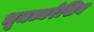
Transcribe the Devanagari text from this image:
भूमध्यरेखिय